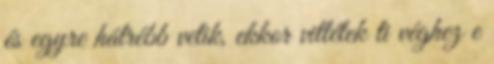
és egyre hátrébb vetik, ekkor vittétek ti véghez e